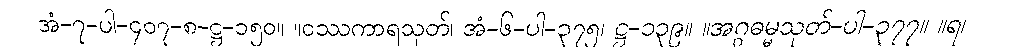
အံ-၇-ပါ-၄၀၇-၈-ဋ္ဌ-၁၅၀။ ။ဝဿကာရသုတ်၊ အံ-၆-ပါ-၃၇၅၊ ဋ္ဌ-၁၃၉။ ။အဂ္ဂဓမ္မသုတ်-ပါ-၃၇၇။ ။ရ၊